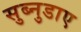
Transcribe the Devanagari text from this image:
सुब्नुडाए